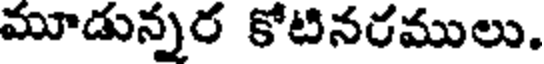
మూడున్నర కోటినరములు.